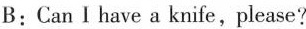
B:CanⅠhave a knife,please?